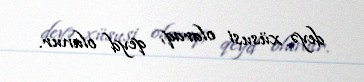
deyə xüsusi olaraq, qeyd olunur.